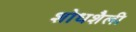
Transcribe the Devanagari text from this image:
शोधशैली